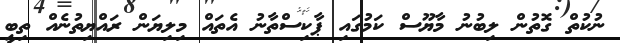
ނުކުތް ގޮތުން ލިބުނު މާޔޫސް ކަމުގައި ޕާކިސްތާނު އެތައް މިލިޔަން ރައްޔިތުނެއް ތިބީ